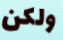
ولكن